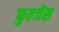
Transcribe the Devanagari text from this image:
फुल्जेंस